Report on sanitation, dispensaries, and jails in Rajputana for 1920, and on vaccination for the year 1920-1921 - 1920-1921
Year: 1920
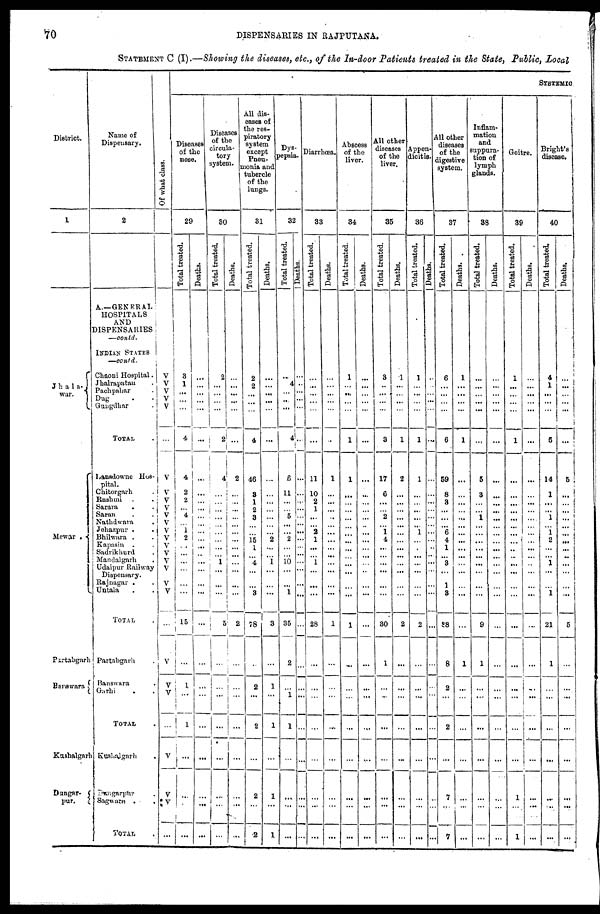
70
DISPENSARIES IN RAJPUTANA.
STATEMENT C (I).—Showing the diseases, etc., of the In-door Patients treated in the State, Public, Local
District.
1
Jhala¬
war.
Mewar .
Partabgarh
Banswara
Kushalgarh
Dungar¬
pur.
Name of
Dispensary.
2
A.—GENERAL
HOSPITALS
AND
DISPENSARIES
—contd.
INDIAN STATES
—contd.
Chaoni Hospital.
Jhalrapatau .
Pachpahar .
Dug . .
Gungdhar .
TOTAL .
Lansdowne Hos¬
pital.
Chitorgarh .
Rashmi ..
Sarara . .
Saran . .
Nathdwara .
Jehazpur . .
Bhilwara .
Kapasin .
Sadrikhurd .
Mandalgarh .
Udaipur Railway
Dispensary.
Rajnagar .
Untala ..
TOTAL .
Partabgarh .
Banswara .
Garhi . .
TOTAL .
Kushalgarh .
Dungarpur .
Sagwara
.
.
TOTAL .
Of what class.
V
V
V
V
V
...
V
V
V
V
V
V V
V...
V
V
V
V
V
V
...
V
V
V
...
V
V
V
...
SYSTEMIC
Diseases
of the
nose.
29
Total treated.
3
1
...
...
...
4
4
...
...
...
...
...
...
...
...
...
...
...
...
...
15
...
1
...
1
...
...
...
...
Deaths.
...
...
...
...
...
...
...
...
...
...
...
...
...
...
...
...
...
...
...
...
...
...
...
...
...
...
...
...
...
Diseases
of the
circula-
tory
system.
30
Total treated.
2
...
...
...
...
2
4
...
...
...
...
...
...
...
...
...
1
...
...
...
5
...
...
...
...
...
...
...
...
Deaths.
...
...
...
...
...
...
2
...
...
...
...
...
...
...
...
...
...
...
...
...
2
...
...
...
...
...
...
...
...
All dis-
eases of
the res-
piratory
system
except
Pneu¬
nonia and
tubercle
of the
lungs.
31
Total treated.
2
2
...
...
...
4
46
...
1
2
3
...
...
15
1
...
4
...
...
3
78
...
2
...
2
...
2
...
2
Deaths.
...
...
...
...
...
...
...
...
...
...
...
...
...
2
...
...
1
...
...
...
3
...
1
...
1
...
1
...
1
Dys¬
pepsia.
32
Total treated.
...
4
...
...
...
4
6
11
...
...
5
...
...
2
...
...
10
...
...
1
35
2
...
1
1
...
...
...
...
Deaths.
...
...
...
...
...
...
...
...
...
...
...
...
...
...
...
...
...
...
...
...
...
...
...
...
...
...
...
...
...
Diarrhoea.
33
Total treated.
...
...
...
...
...
...
11
10
2
1
...
...
...
1
...
...
1
...
...
...
28
...
...
...
...
...
...
...
...
Deaths.
...
...
...
...
...
...
1
...
...
...
...
...
...
...
...
...
...
...
...
...
1
...
...
...
...
...
...
...
...
Abscess
of the
liver.
34
Total treated.
1
...
...
...
...
1
1
...
...
...
...
...
...
...
...
...
...
...
...
...
1
...
...
...
...
...
...
...
...
Deaths.
...
...
...
...
...
...
...
...
...
...
...
...
...
...
...
...
...
...
...
...
...
...
...
...
...
...
...
...
...
All other
diseases
of the
liver.
35
Total treated.
3
...
...
...
...
3
17
6
...
...
2
...
1
4
...
...
...
...
...
...
30
1
...
...
...
...
...
...
...
Deaths.
1
...
...
...
...
1
2
...
...
...
...
...
...
...
...
...
...
...
...
...
2
...
...
...
...
...
...
...
...
Appen-
dicitis.
36
Total treated.
1
...
...
...
...
1
1
...
...
...
...
...
1
...
...
...
...
...
...
...
2
...
...
...
...
...
...
...
...
Deaths.
...
...
...
...
...
...
...
...
...
...
...
...
...
...
...
...
...
...
...
...
...
...
...
...
...
...
...
...
...
All other
diseases.
of the
digestive
system.
37
Total treated.
6
...
...
...
...
6
59
8
3
...
...
...
6
4
1
...
3
...
1
3
88
8
2
...
2
...
7
...
7
Deaths.
1
...
...
...
...
1
...
...
...
...
...
...
...
...
...
...
...
...
...
...
...
1
...
...
...
...
...
...
...
Inflam-
mation
and
suppura-
tion of
lymph
glands.
38
Total treated.
...
...
...
...
...
...
5
3
...
...
1
...
...
...
...
...
...
...
...
...
9
1
...
...
...
...
...
...
...
Deaths.
...
...
...
...
...
...
...
...
...
...
...
...
...
...
...
...
...
...
...
...
...
...
...
...
...
...
...
...
...
Goitre.
39
Total treated.
1
...
...
...
...
1
...
...
...
...
...
...
...
...
...
...
...
...
...
...
...
...
...
...
...
...
1
...
1
Deaths.
...
...
...
...
...
...
...
...
...
...
...
...
...
...
...
...
...
...
...
...
...
...
...
...
...
...
...
...
...
Bright's
disease.
40
Total treated.
4
1
...
...
...
5
14
1
...
...
1
...
1
2
...
...
1
...
...
1
21
1
...
...
...
...
...
...
...
Deaths.
...
1
...
...
...
...
5
...
...
...
...
...
...
...
...
...
...
...
...
5
...
...
...
...
...
...
...
...